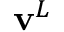
\mathbf { v } ^ { L }